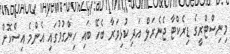
މިނިސްޓްރީގެ ޑިރެކްޓާ ޖެނެރަލް އަދި ކުޅިވަރާ ބެހޭ ބައި ހިންގުމުގައި އެންމެ އިސްކޮށް